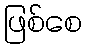
ဖြစ်စေ